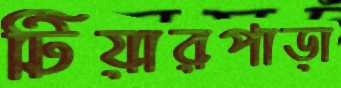
টিয়ারপাড়া